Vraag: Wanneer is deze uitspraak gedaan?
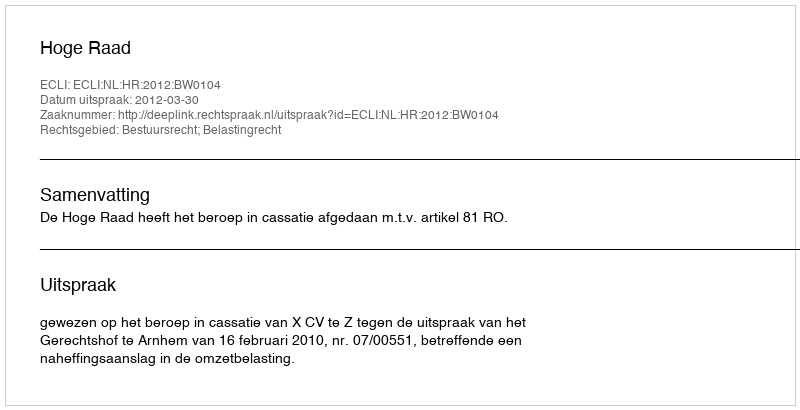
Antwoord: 2012-03-30